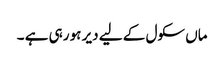
ماں سکول کے لیے دیر ہو رہی ہے ۔